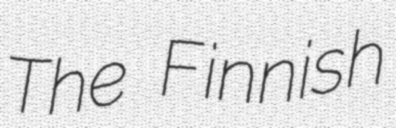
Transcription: The Finnish